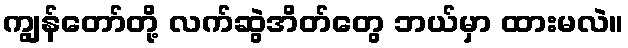
ကျွန်တော်တို့ လက်ဆွဲအိတ်တွေ ဘယ်မှာ ထားမလဲ။